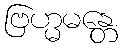
ဗြဟ္မမန္တေ